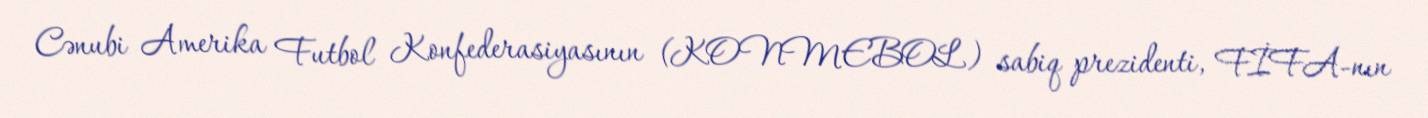
Cənubi Amerika Futbol Konfederasiyasının (KONMEBOL) sabiq prezidenti, FİFA-nın